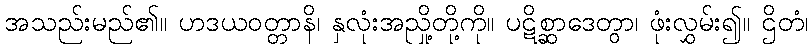
အသည်းမည်၏။ ဟဒယဝတ္တာနိ၊ နှလုံးအညှို့တို့ကို။ ပဋိစ္ဆာဒေတွာ၊ ဖုံးလွှမ်း၍။ ဌိတံ၊